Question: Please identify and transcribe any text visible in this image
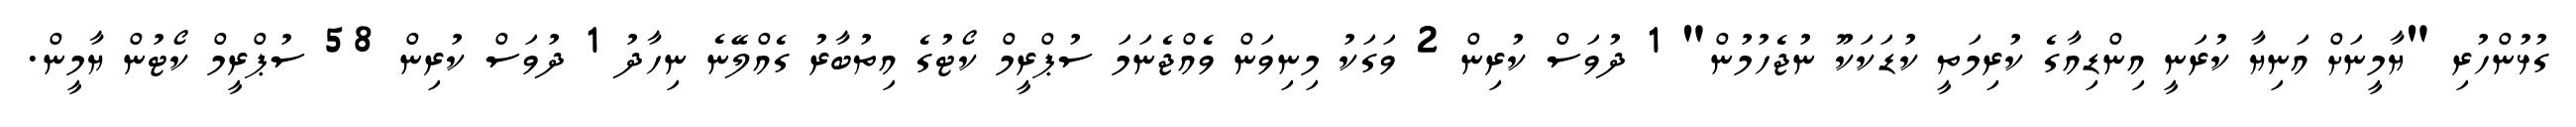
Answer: ގުޅުންހުރި "ޔާމީނަށް އަނިޔާ ކުރަނީ އިންޑިއާގެ ކުރިމަތީ ކުޑަކަކޫ ނުޖެހުމުން" 1 ދުވަސް ކުރިން 2 ވަގަކު މިނިވަން ވެއްޖެނަމަ ސުޕްރީމް ކޯޓުގެ އިތުބާރު ގެއްލޭނެ ނިހާދު 1 ދުވަސް ކުރިން 58 ސުޕްރީމް ކޯޓުން ޔާމީން.